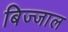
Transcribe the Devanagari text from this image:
बिज्जाल